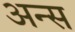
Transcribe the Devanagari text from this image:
अन्स